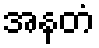
အနတံ